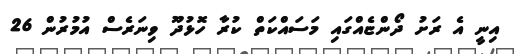
އިނީ އެ ރަށު ދޯންޏެއްގައި މަސައްކަތް ކުރާ ހޮޅުދޫ ވިނަރެސް އުމުރުން 26